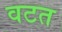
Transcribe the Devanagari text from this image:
वटत